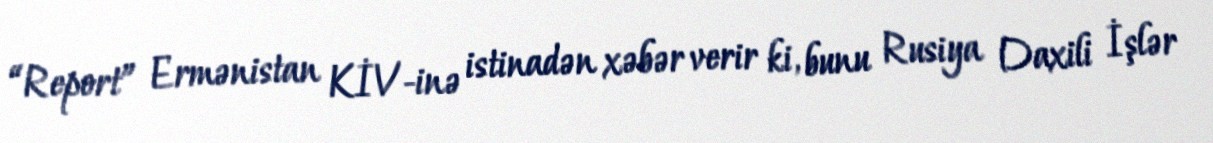
“Report” Ermənistan KİV-inə istinadən xəbər verir ki, bunu Rusiya Daxili İşlər